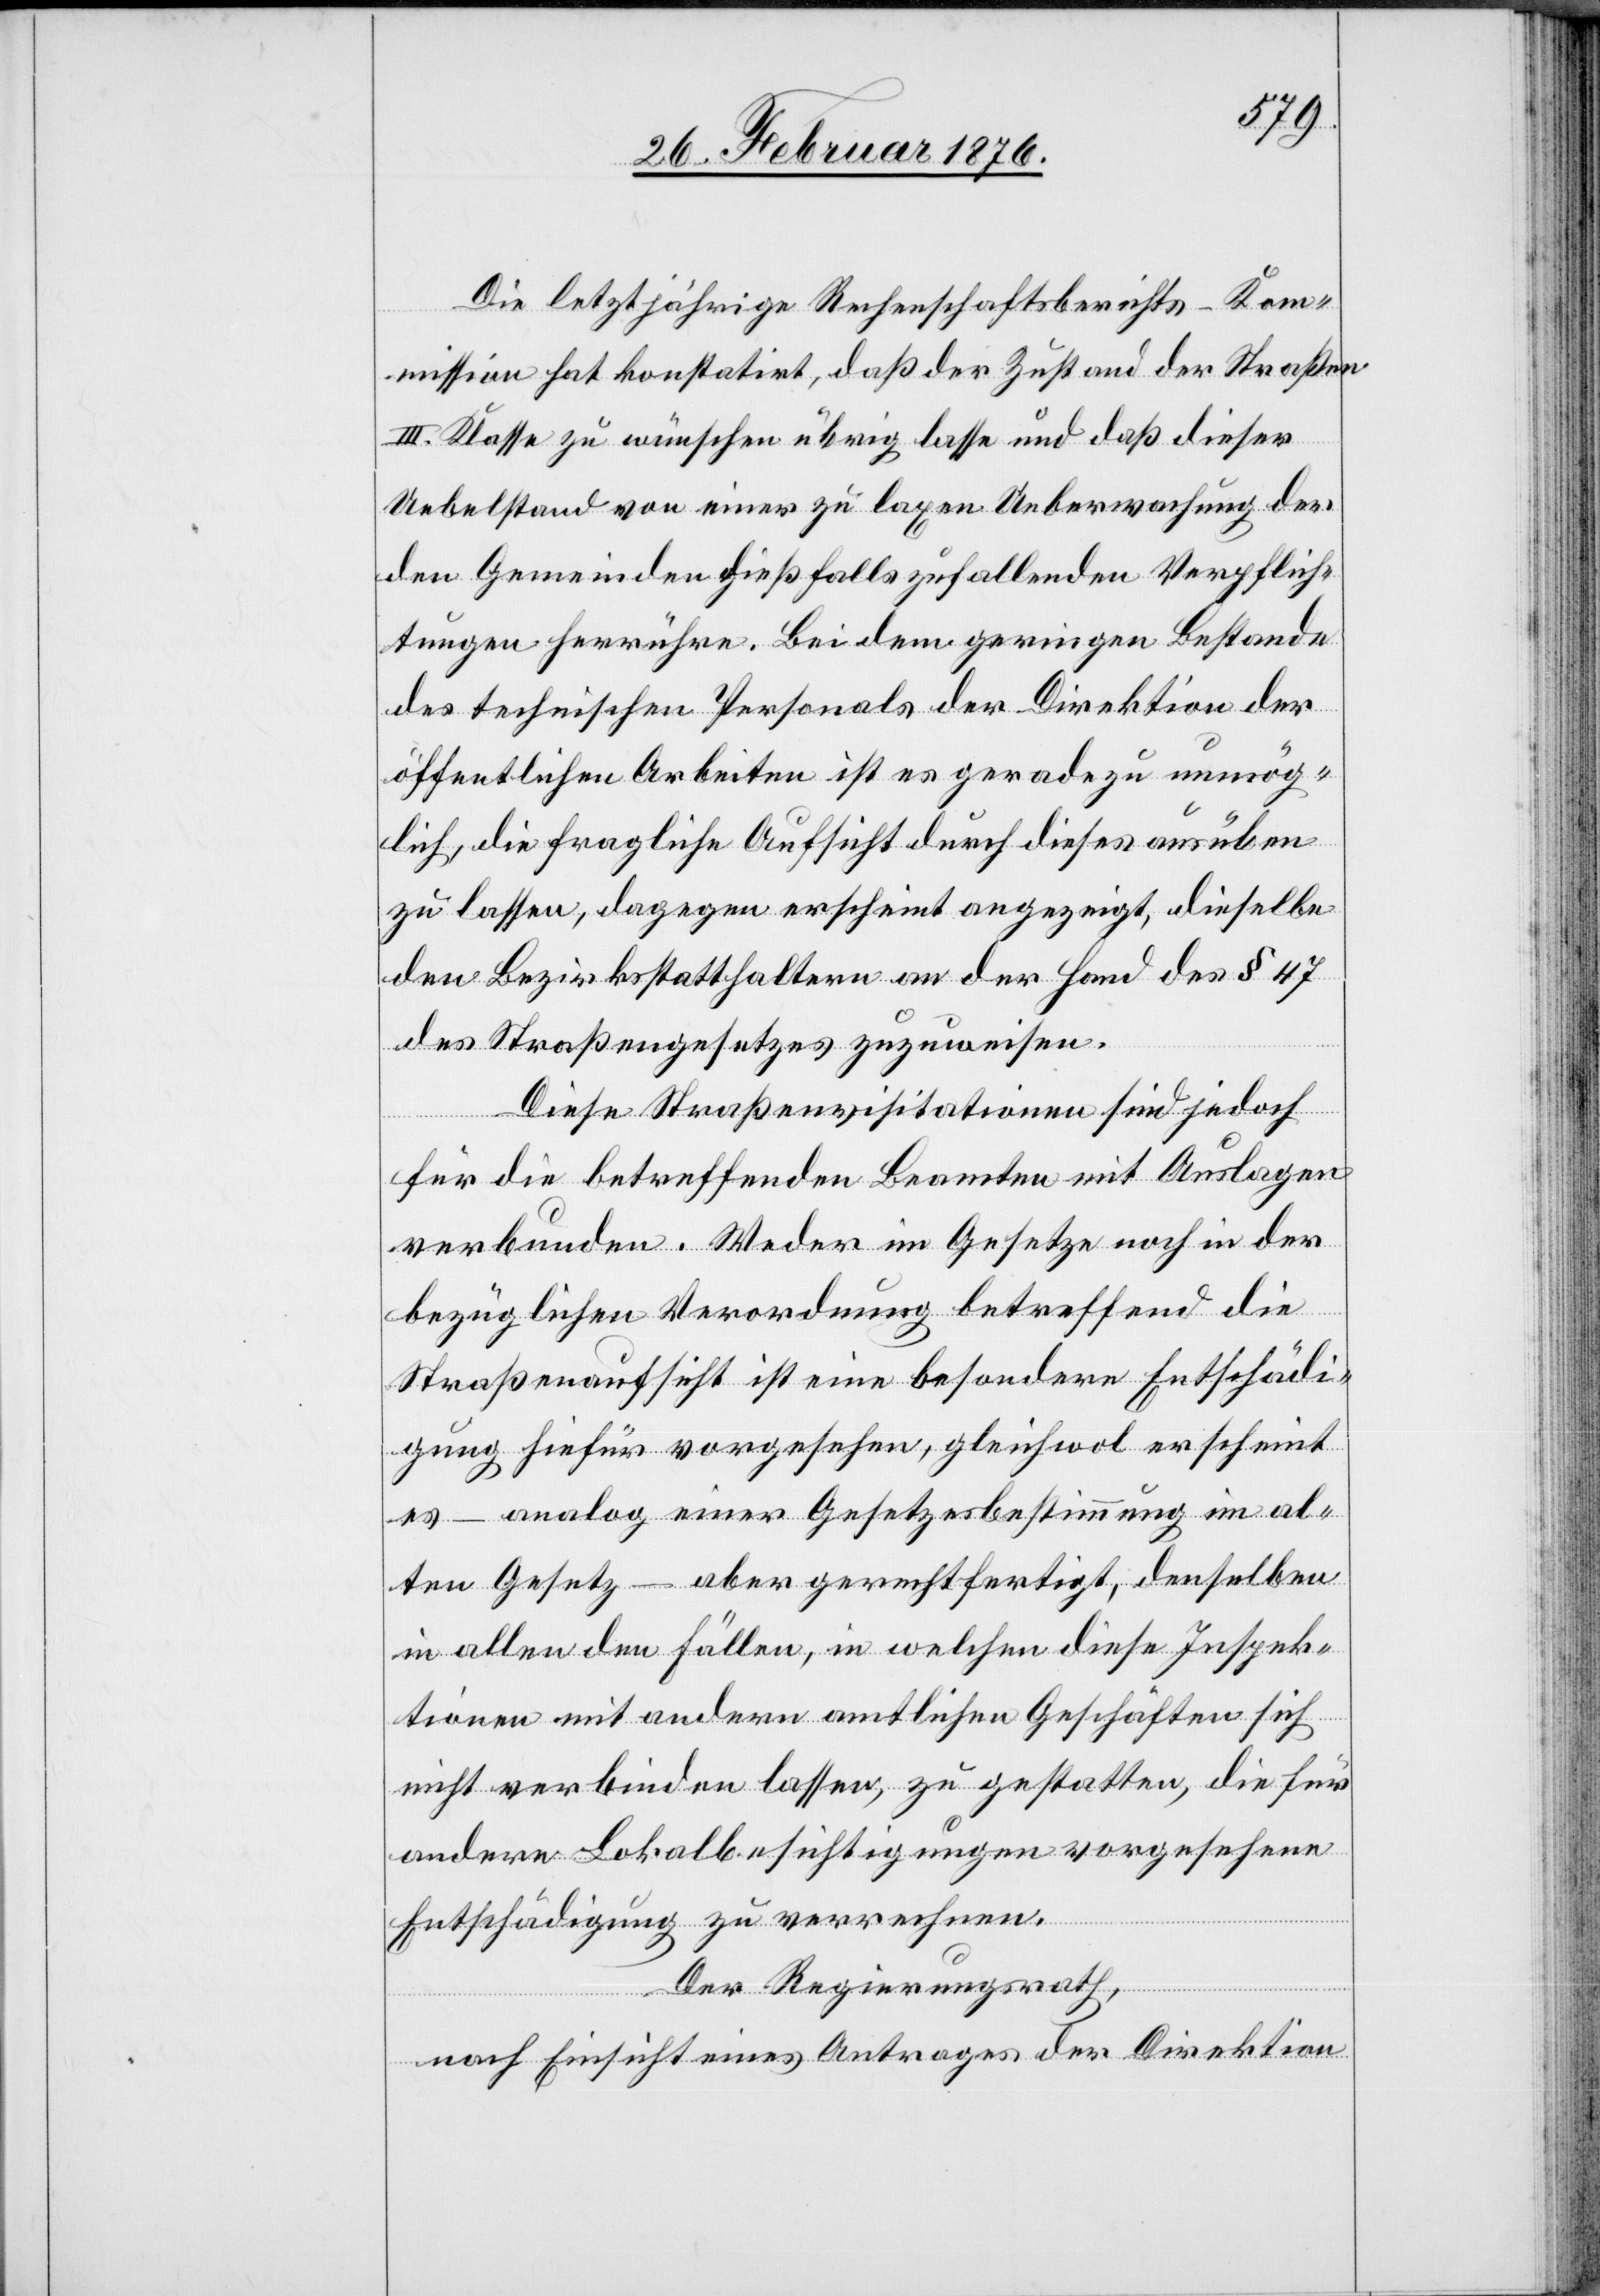
Die letztjährige Rechenschaftsberichts-Ko¬
mmission hat konstatirt, daß der Zustand der Straßen
III. Klasse zu wünschen übrig lasse und daß dieser
Uebelstand von einer zu laxen Ueberwachung der
den Gemeinden dießfalls zufallenden Verpflich¬
tungen herrühre. Bei dem geringen Bestande
des technischen Personals der Direktion der
öffentlichen Arbeiten ist es geradezu unmög¬
lich, die fragliche Aufsicht durch dieses ausüben
zu lassen, dagegen erscheint angezeigt, dieselbe
den Bezirksstatthaltern an der Hand des § 47
des Straßengesetzes zuzuweisen.
Diese Straßenvisitationen sind jedoch
für die betreffenden Beamten mit Auslagen
verbunden. Weder im Gesetze noch in der
bezüglichen Verordnung betreffend die
Straßenaufsicht ist eine besondere Entschädi¬
gung hiefür vorgesehen, gleichwol erscheint
es – analog einer Gesetzesbestimmung im al¬
ten Gesetz – aber gerechtfertigt, denselben
in allen den Fällen, in welchen diese Inspek¬
tionen mit andern amtlichen Geschäften sich
nicht verbinden lassen, zu gestatten, die für
andere Lokalbesichtigungen vorgesehenen
Entschädigung zu verrechnen.
Der Regierungsrath,
nach Einsicht eines Antrages der Direktion